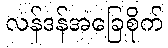
လန်ဒန်အခြေစိုက်